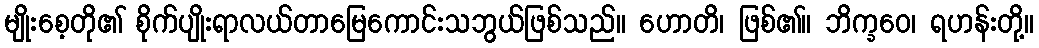
မျိုးစေ့တို၏ စိုက်ပျိုးရာလယ်တာမြေကောင်းသဘွယ်ဖြစ်သည်။ ဟောတိ၊ ဖြစ်၏။ ဘိက္ခဝေ၊ ရဟန်းတို့။